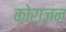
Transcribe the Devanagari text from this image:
कोराजन